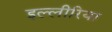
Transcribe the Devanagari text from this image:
इल्लीरिया